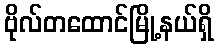
ဗိုလ်တထောင်မြို့နယ်ရှိ